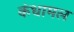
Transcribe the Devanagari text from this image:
कंधामल